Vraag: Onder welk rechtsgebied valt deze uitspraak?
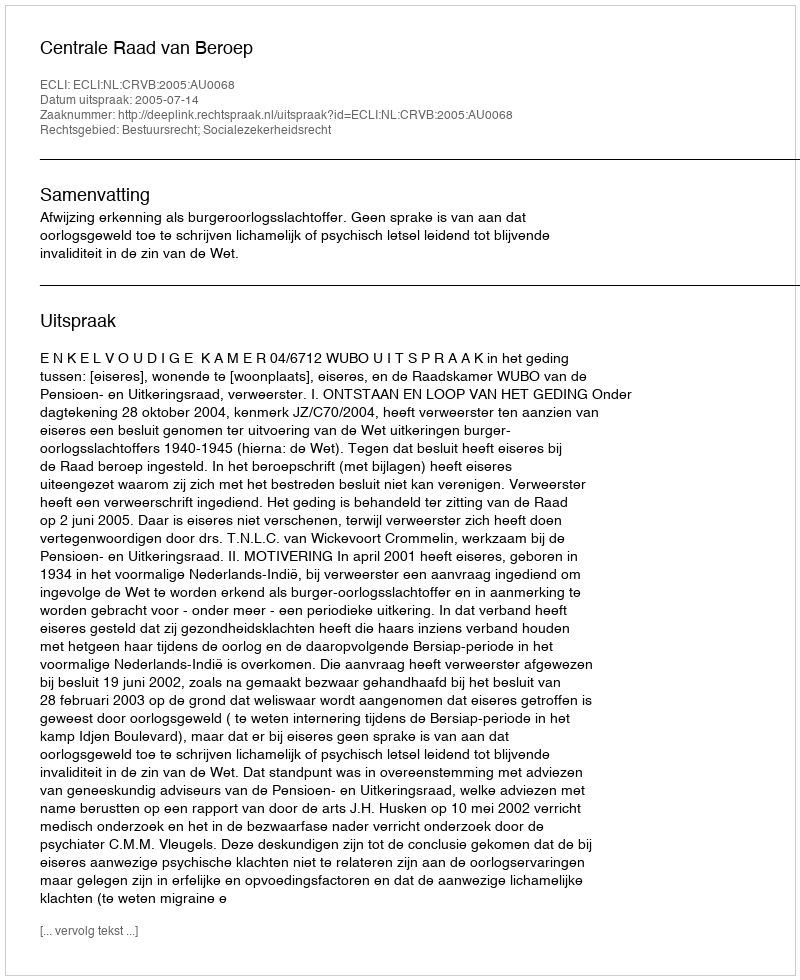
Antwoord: Bestuursrecht; Socialezekerheidsrecht